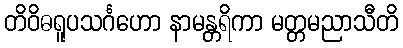
တိဝိဓရူပသင်္ဂဟော နာမန္တရိကာ မတ္တမညာသီတိ